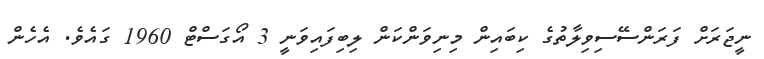
ނީޖަރަށް ފަރަންސޭސިވިލާތުގެ ކިބައިން މިނިވަންކަން ލިބިފައިވަނީ 3 އޯގަސްޓް 1960 ގައެވެ. އެހެން